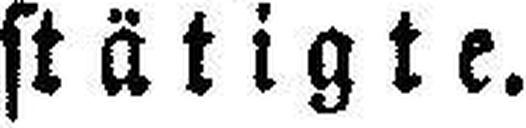
stätigte.